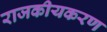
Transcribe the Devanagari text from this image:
राजकीयकरण